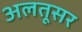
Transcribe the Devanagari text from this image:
अलतूसर